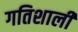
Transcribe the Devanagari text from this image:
गतिशाली